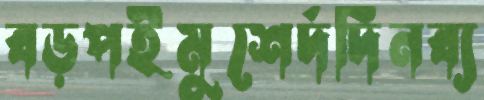
বড়পইমুশের্দদিনব্য